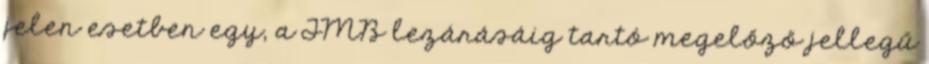
jelen esetben egy, a TMB lezárásáig tartó megelőző jellegű